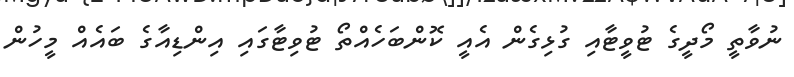
ނުވާތީ މޯދީގެ ޓުވީޓާއި ގުޅިގެން އެއީ ކޮންބަހެއްތޯ ޓުވިޓާގައި އިންޑިއާގެ ބައެއް މީހުން